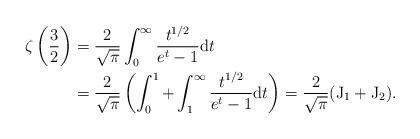
LaTeX: \begin{align*} \zeta\left(\frac32\right)&=\frac{2}{\sqrt{\pi}}\int_{0}^\infty \frac{t^{1/2}}{e^t-1} \mathrm{d} t\\ &=\frac{2}{\sqrt{\pi}}\left(\int_{0}^1+\int_{1}^\infty \frac{t^{1/2}}{e^t-1} \mathrm{d} t\right)=\frac{2}{\sqrt{\pi}}(\mathrm{J}_1+\mathrm{J}_2).\end{align*}